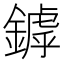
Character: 鏬